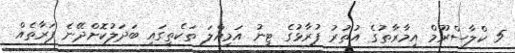
5 ކްލާސްރޫމް އިމާރާތުގެ އުތުރު ފުރާޅުގެ ޓިނު އަމިއްލަ ތަކެތީގައި ބަދަލުކޮށްދޭނެ ފަރާތެއް